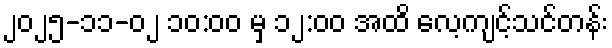
၂၀၂၅-၁၁-၀၂ ၁၀:၀၀ မှ ၁၂:၀၀ အထိ လေ့ကျင့်သင်တန်း